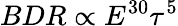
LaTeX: BDR\propto E^{30}\tau^{5}